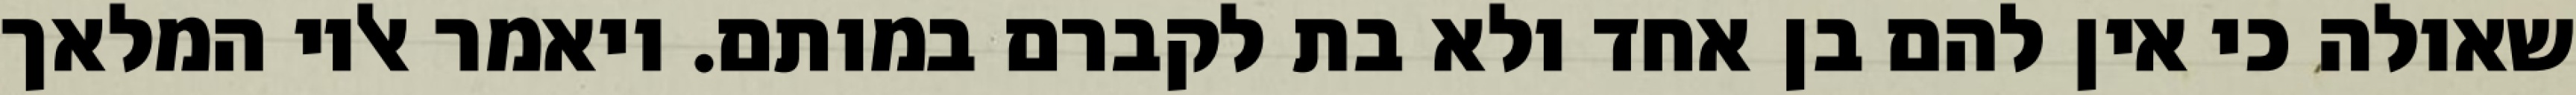
שאולה כי אין להם בן אחד ולא בת לקברם במותם. ויאמר אליו המלאך